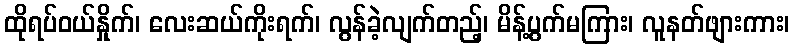
ထိုရပ်ဝယ်နှိုက်၊ လေးဆယ်ကိုးရက်၊ လွန်ခဲ့လျက်တည့်၊ မိန့်ပွက်မကြား၊ လူနတ်ဖျားကား၊